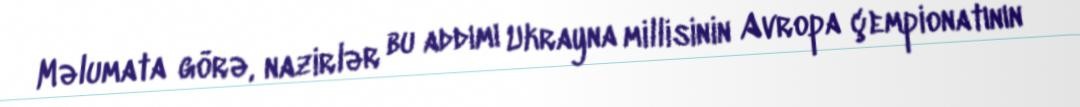
Məlumata görə, nazirlər bu addımı Ukrayna millisinin Avropa çempionatının ¼